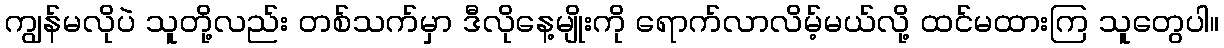
ကျွန်မလိုပဲ သူတို့လည်း တစ်သက်မှာ ဒီလိုနေ့မျိုးကို ရောက်လာလိမ့်မယ်လို့ ထင်မထားကြ သူတွေပါ။